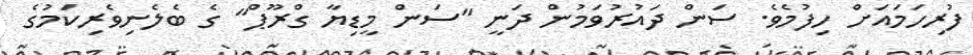
ފުރިހަމައަށް ހިފުމެވެ. ސަން ދައުރުވަމުން ދަނީ "ސަން މީޑިޔާ ގްރޫޕް" ގެ ބެލެނިވެރިކަމުގެ